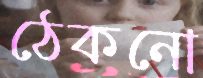
ঠেকনো